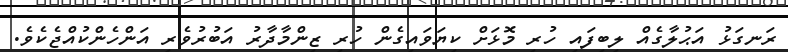
ރަނގަޅު އަޙުލާގެއް ލިބިފައި ހުރި މޮޅަށް ކިޔަވައިގެން ހުރި ޒިންމާދާރު އަބުރުވެރި އަންހެންކުއްޖެކެވެ.